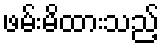
ဖမ်းမိထားသည့်